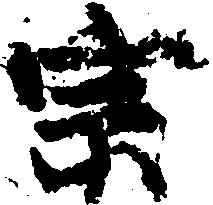
宗